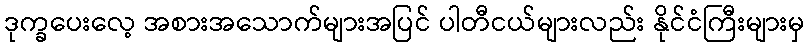
ဒုက္ခပေးလေ့ အစားအသောက်များအပြင် ပါတီငယ်များလည်း နိုင်ငံကြီးများမှ